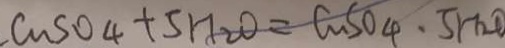
C u S O _ { 4 } + 5 H _ { 2 } O = C u S O _ { 4 } \cdot S H _ { 2 } O